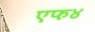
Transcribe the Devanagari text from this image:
एफ४